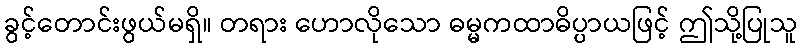
ခွင့်တောင်းဖွယ်မရှိ။ တရား ဟောလိုသော ဓမ္မကထာဓိပ္ပာယဖြင့် ဤသို့ပြုသူ